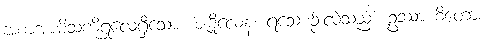
အစာအာမိသကိုရှုလေ့ရှိသော။ ဇဋိလေန၊ ရသေ့စဉ်းလဲသည်။ ဥဿာဟိတော၊